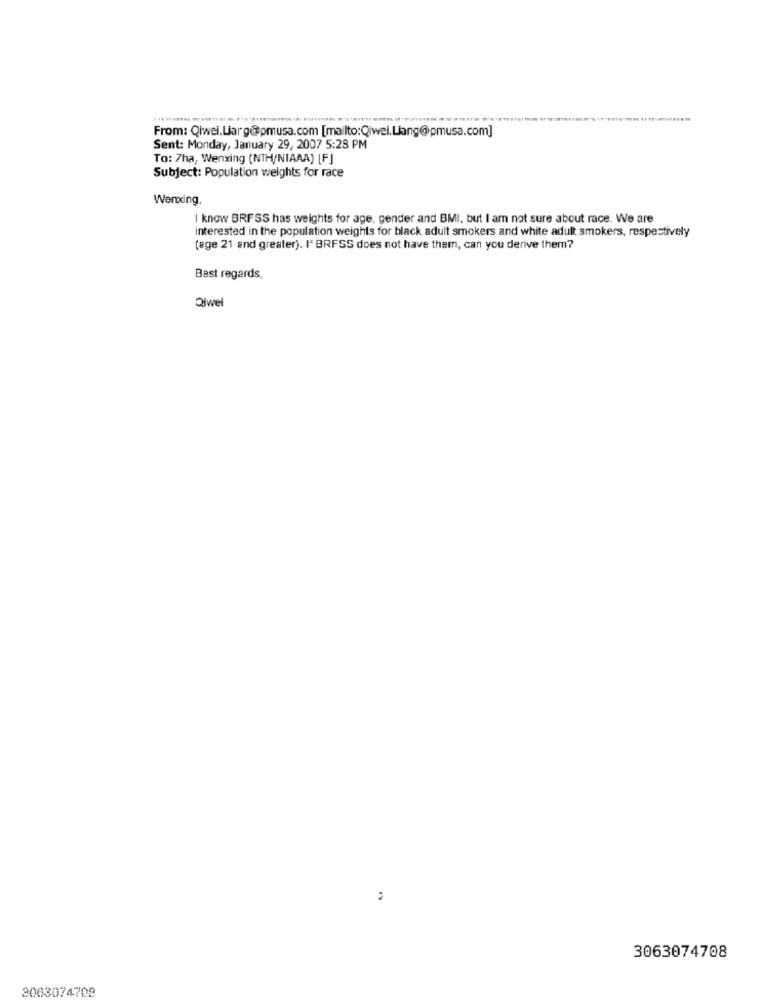
wirmars
From: Qiwei.Liarg@pmusa.com [mailto:Qiwei.Liang@pmusa.com]
Sent: Monday, January 29, 2007 5:28 PM
To: 7ha, Wenxing (NTH/NIAAA) [F]
Subject: Population weights for race
Wenxing,
I know BRFSS has weights for age, gender and BMI, but I am not sure about race. We are
interested in the population weights for black adult smokers and white adult smokers, respectively
(age 21 and greater). I' BRFSS does not have them, can you derive them?
Best regards,
Qiwel
3063074708
3063074708